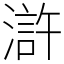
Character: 滸